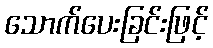
သောက်ပေးခြင်းဖြင့်